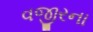
વજીરના